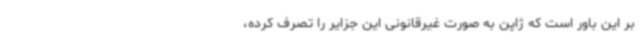
بر این باور است که ژاپن به صورت غیرقانونی این جزایر را تصرف کرده،